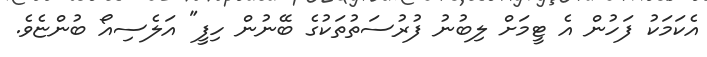
އެކަމަކު ފަހުން އެ ޓީމަށް ލިބުނު ފުރުސަތުތަކުގެ ބޭނުން ހިފީ" އަލެސިއޯ ބުންޏެވެ.